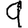
Digit: 9